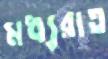
মধ্যরাত